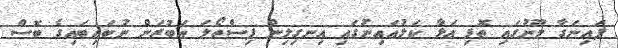
ފައިނަގާ މޫނުގައި ތޮފި އަޅާ ކަޅުއައިނުގައި އިނގިލިން ފިސްތޯލަ އަބުރަން ނުބައިބައިގެ ބޮސް